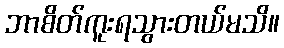
ဘာစိတ်ကူးရသွားတယ်မသိ။